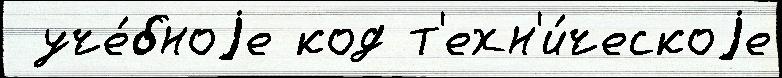
 уче́бноjе код т'ехн'и́ческоjе